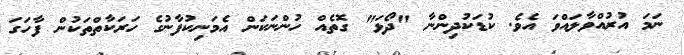
ނަމަ އުރުއްވާލައްވަ އެވެ. ކުޑަކުދިންނާ "ދޯޅަ" ގޮތެއް ހުންނަކަން އެމަނިކުފާނުގެ ހަރަކާތްތަކުން ފާހަގަ